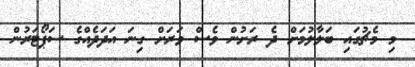
މި މެޗުގައި ބަލާލުމަށް ދެ ރަށުން ވެސް ވަރަށް ގިނަ އަދަދެއްގެ ސަޕޯޓަރުން